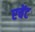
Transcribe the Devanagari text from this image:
एचेंट